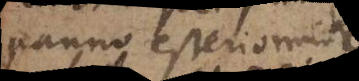
panno esteriormente